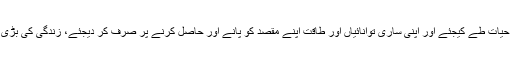
بطور میاں بیوی اپنی زندگی کا خاص مقصد حیات طے کیجئے اور اپنی ساری توانائیاں اور طاقت اپنے مقصد کو پانے اور حاصل کرنے پر صرف کر دیجئے، زندگی کی بڑی سے بڑی کامیابی آپ کے قدموں میں ہوگی۔